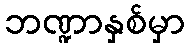
ဘဏ္ဍာနှစ်မှာ